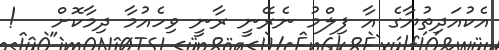
އެކުއަދިތުޔާގެ އާ ފިލްމު ނެރޭނީ ރާނީ ވިހެއުމާ ދިމާކޮށް   !